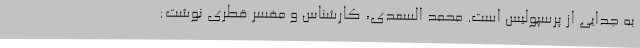
به جدایی از پرسپولیس است. محمد السعدی، کارشناس و مفسر قطری نوشت: